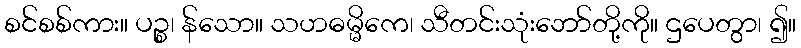
စင်စစ်ကား။ ပဉ္စ၊ န်သော။ သဟဓမ္မိကေ၊ သီတင်းသုံးဘော်တို့ကို။ ဌပေတွာ၊ ၍။